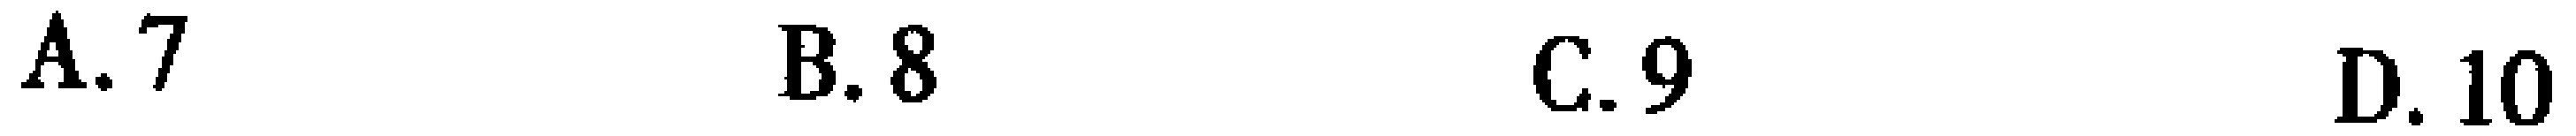
A. 7 \quad B. 8 \quad C. 9 \quad D. 10